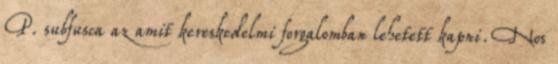
P. subfusca az amit kereskedelmi forgalomban lehetett kapni. Nos